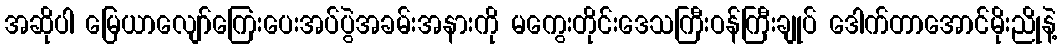
အဆိုပါ မြေယာလျော်ကြေးပေးအပ်ပွဲအခမ်းအနားကို မကွေးတိုင်းဒေသကြီးဝန်ကြီးချုပ် ဒေါက်တာအောင်မိုးညိုနဲ့